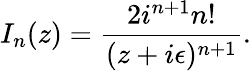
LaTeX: I_{n}(z)=\frac{2i^{n+1}n!}{(z+i\epsilon)^{n+1}}.